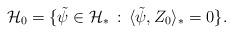
LaTeX: \begin{align*}\mathcal H_0=\{\tilde\psi\in \mathcal H_*\,:\, \langle \tilde\psi,Z_0\rangle_*=0\}.\end{align*}